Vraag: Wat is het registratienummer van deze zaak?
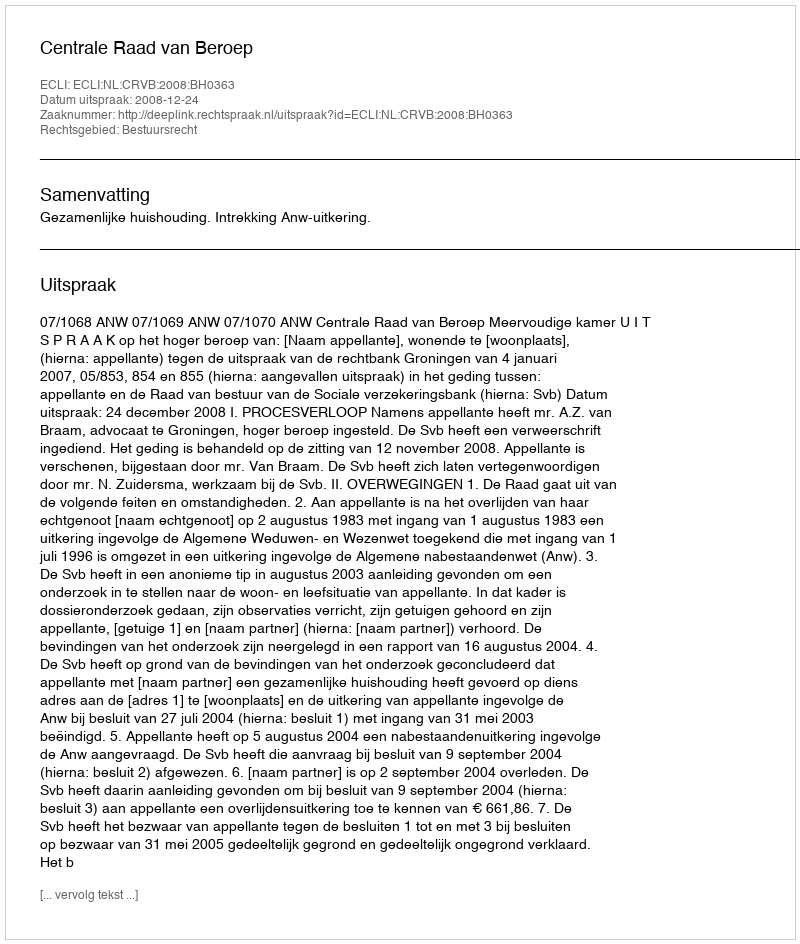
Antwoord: http://deeplink.rechtspraak.nl/uitspraak?id=ECLI:NL:CRVB:2008:BH0363